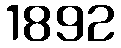
1892